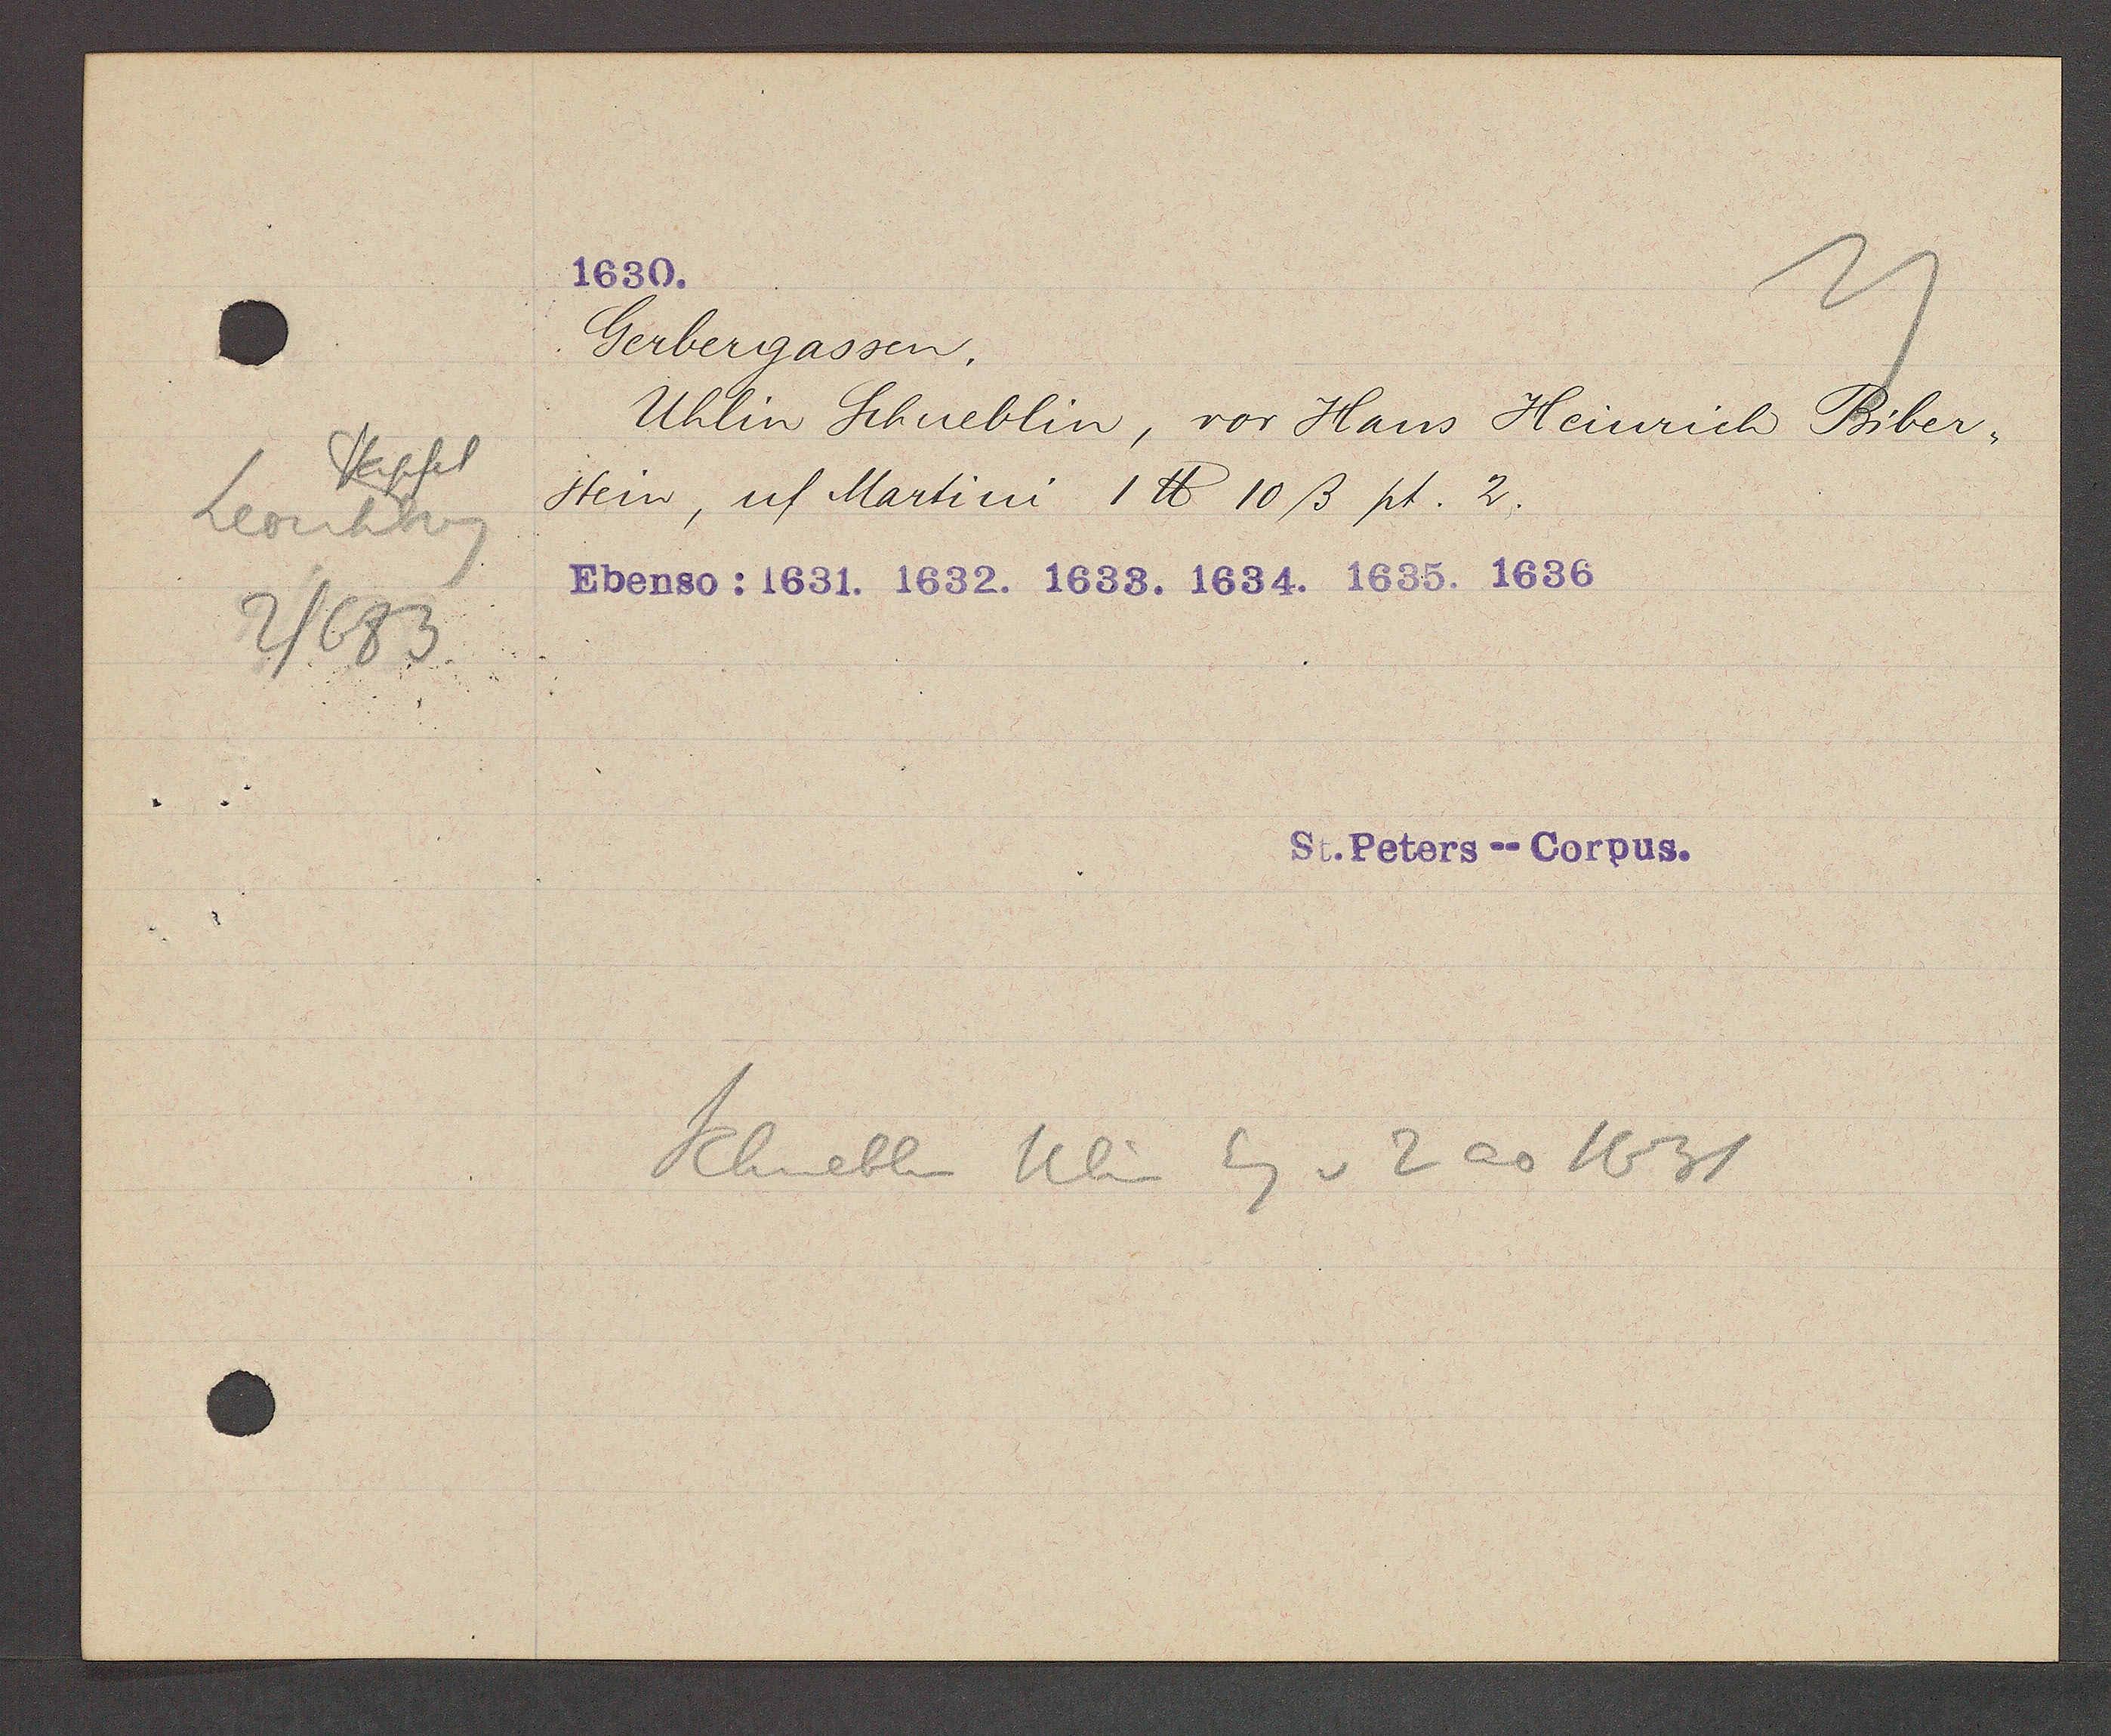
Transcript:
Stapfel
Leonhbrg
2/683

1630.

Gerbergassen.
Uhlin Schueblin, vor Hans Heinrich Biber,
Stein, uf Martini 1 ℔ 10ß pt. 2.
Ebenso: 1631. 1632. 1633. 1634. 1635. 1636

St. Peters--Corpus.

Schüeblin Ulin Eg v 2 ao 1631